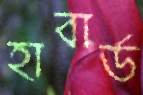
হাবার্ড